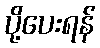
ပို့ပေးရန်